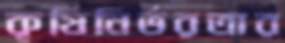
কৃষিনির্ভরতার